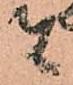
者